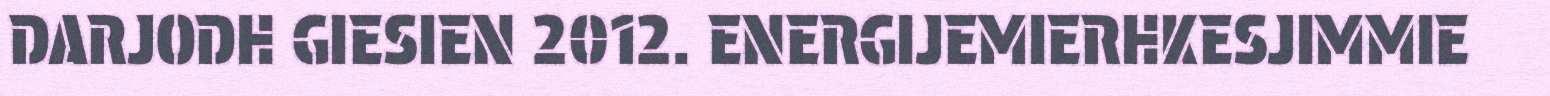
DARJODH GIESIEN 2012. ENERGIJEMIERHKESJIMMIE